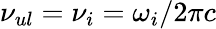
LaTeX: \nu_{ul}=\nu_{i}=\omega_{i}/2\pi c